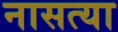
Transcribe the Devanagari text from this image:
नासत्या